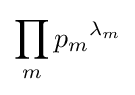
\prod _{m}{p_{m}}^{\lambda _{m}}